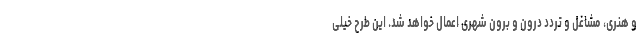
و هنری، مشاغل و تردد درون و برون شهری اعمال خواهد شد. این طرح خیلی